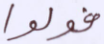
فولوا